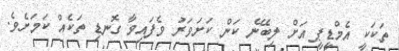
ތަކަކީ އެމްޑީޕީ އަށް ލިބޭނެ ކަން ކަށަވަރު ވެފައިވާ ގޮނޑި ތަކެއް ކަމަށެވެ.